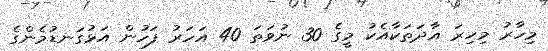
މިހާރު މިހިރަ އާދަތަކާއެކު މީގެ 30 ނުވަތަ 40 އަހަރު ފަހުން އަޅުގަނޑުމެންގެ